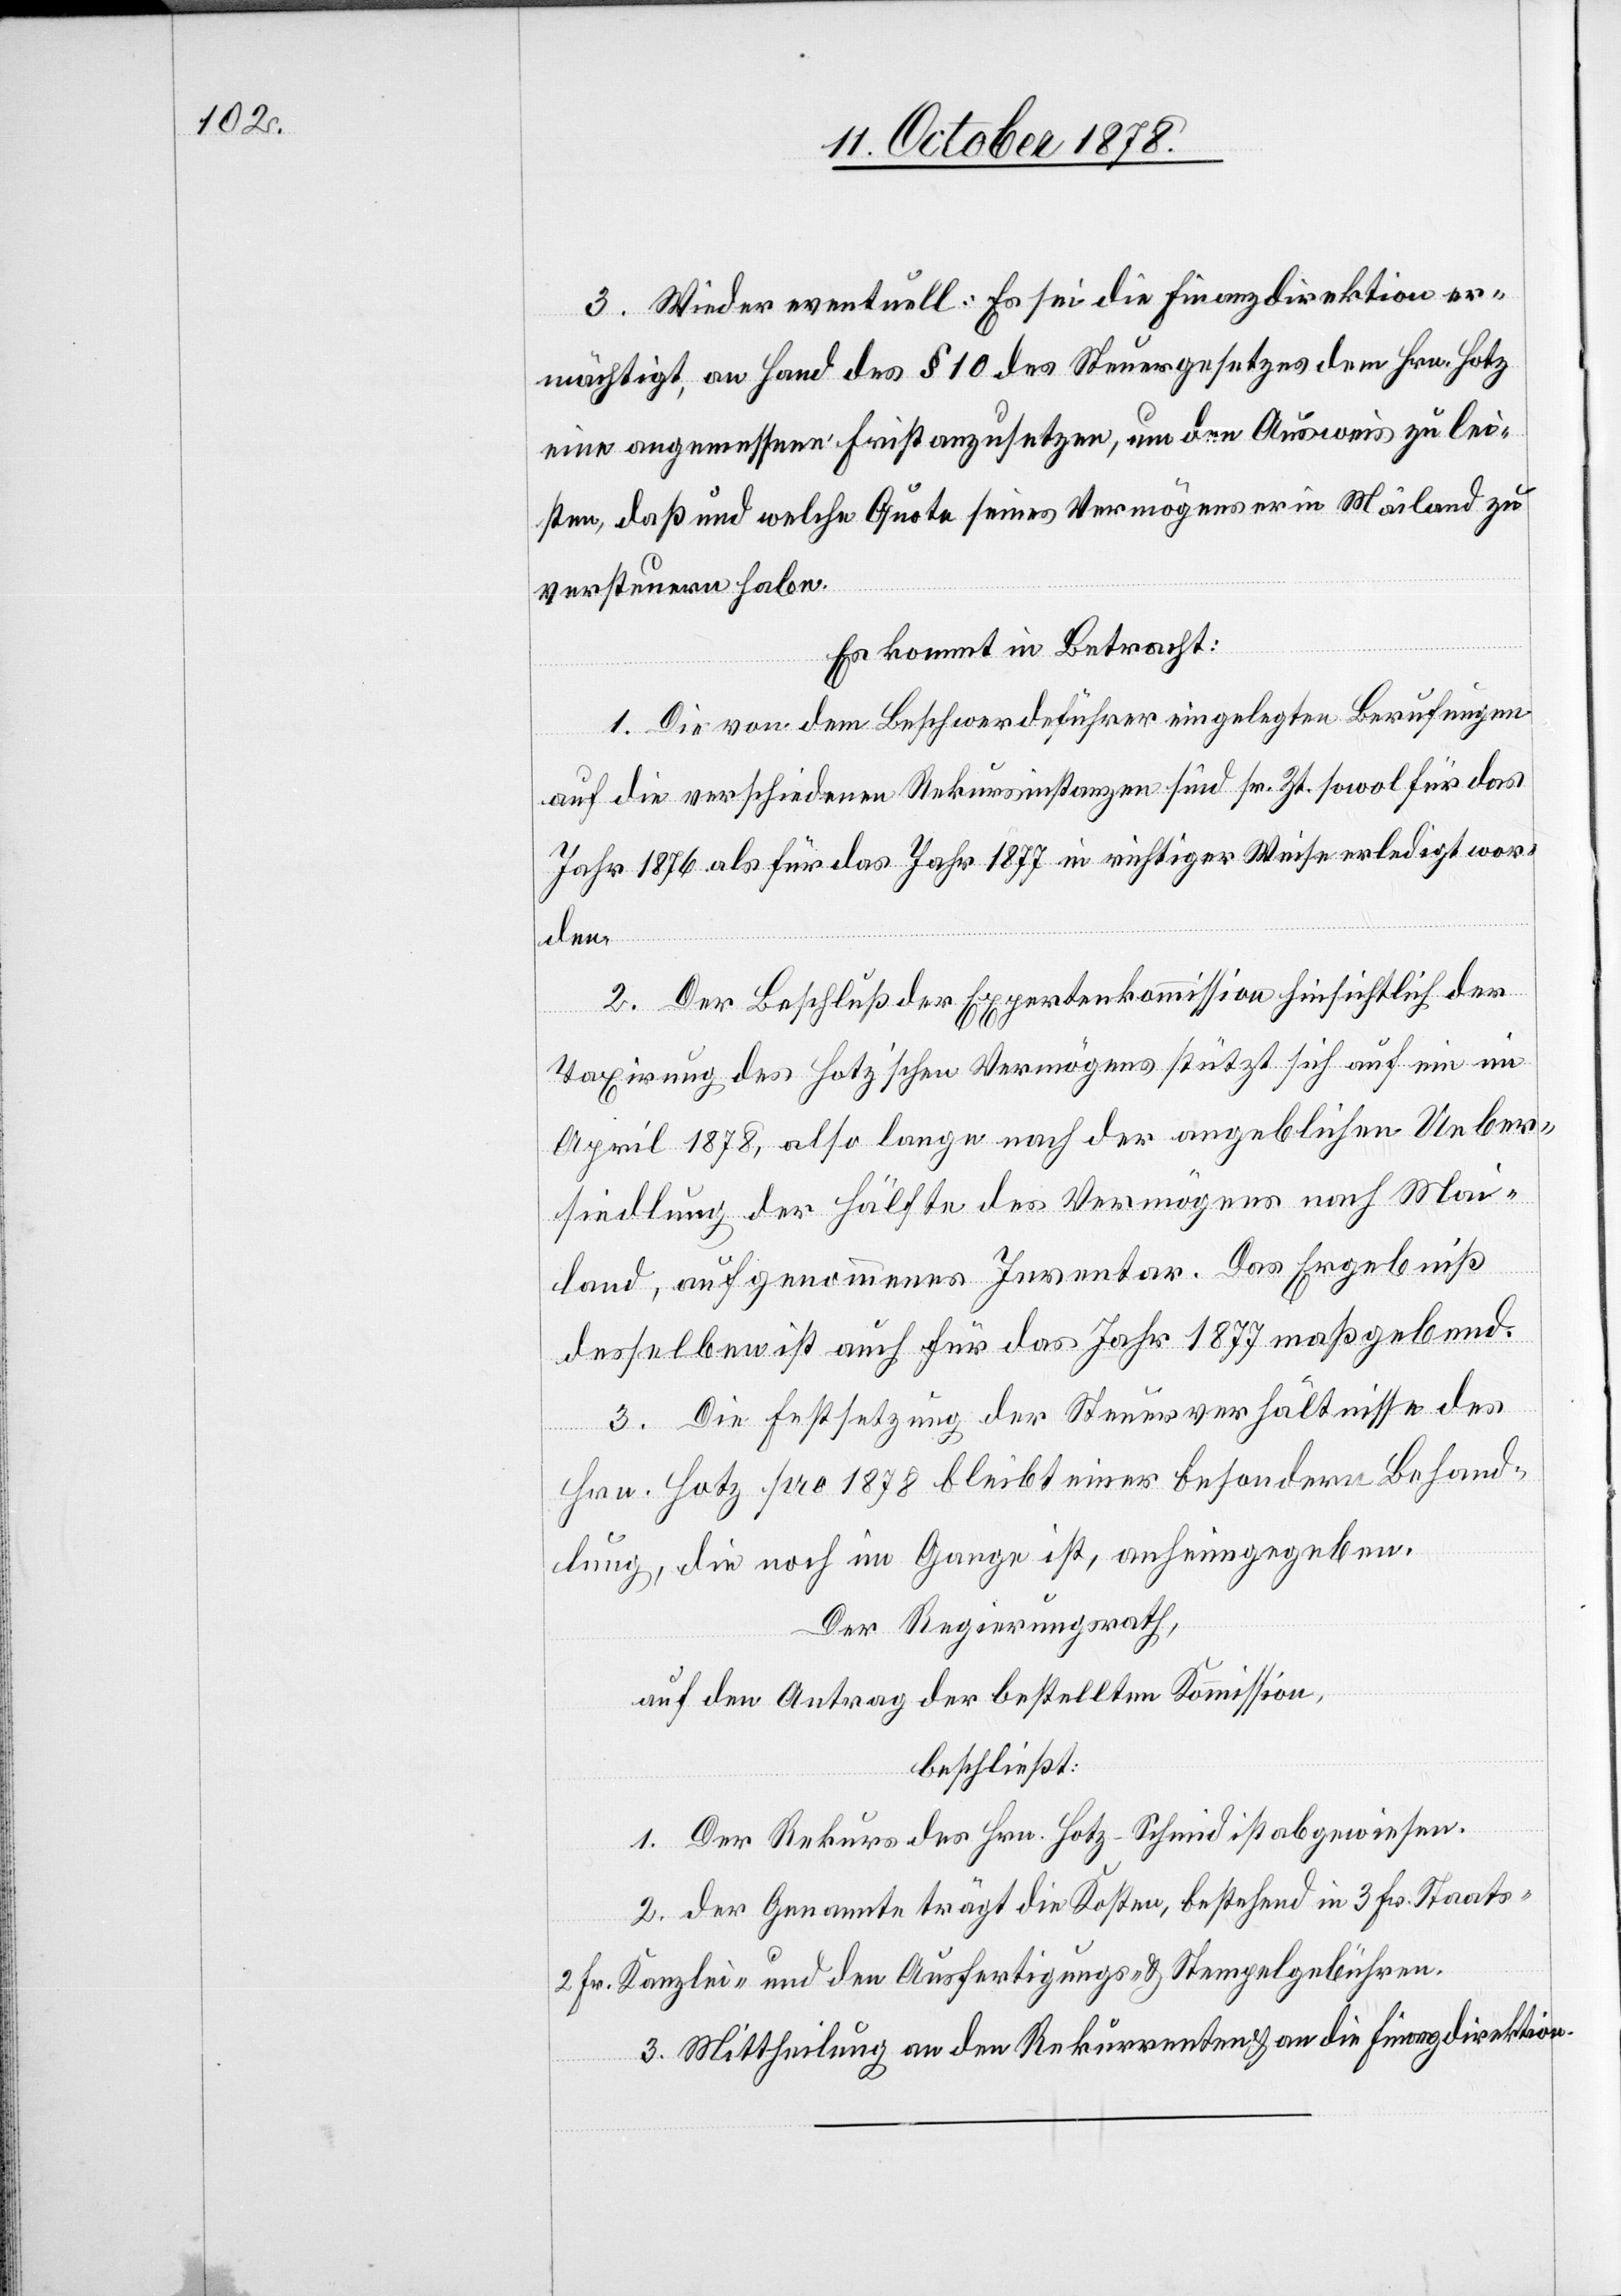
3. Wieder eventuell: Es die Finanzdirektion er¬
mächtigt, an Hand des § 10 des Steuergesetzes dem Hrn. Hotz
eine angemessene Frist anzusetzen, um den Ausweis zu lei¬
sten, daß und welche Quote seines Vermögens er in Mailand zu
versteuern habe.
Es kommt in Betracht:
1. Die von dem Beschwerdeführer eingelegten Berufungen
auf die verschiedenen Rekursinstanzen sind sr. Zt. sowol für das
Jahr 1876 als für das Jahr 1877 in richtiger Weise erledigt wor¬
den.
2. Der Beschluß der Expertenkommission hinsichtlich der
Taxirung des Hotz’schen Vermögens stützt sich auf ein im
April 1878, also lange nach der angeblichen Ueber¬
siedlung der Hälfte des Vermögens nach Mai¬
land, aufgenommenes Inventar. Das Ergebniß
desselben ist auch für das Jahr 1877 maßgebend.
3. Die Festsetzung der Steuerverhältnisse des
Hrn. Hotz pro 1878 bleibt einer besondern Behand¬
lung, die noch im Gange ist, anheimgegeben.
Der Regierungsrath,
auf den Antrag der bestellten Kommission,
beschließt:
1. Der Rekurs des Hrn. Hotz-Schmid ist abgewiesen.
2. der Genannte trägt die Kosten, bestehend in 3 Fr. Staats-[,]
2 Fr. Kanzlei- und den Ausfertigungs- und Stempelgebühren.
3. Mittheilung an den Rekurrenten & an die Finanzdirektion.